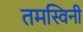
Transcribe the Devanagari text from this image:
तमस्विनी